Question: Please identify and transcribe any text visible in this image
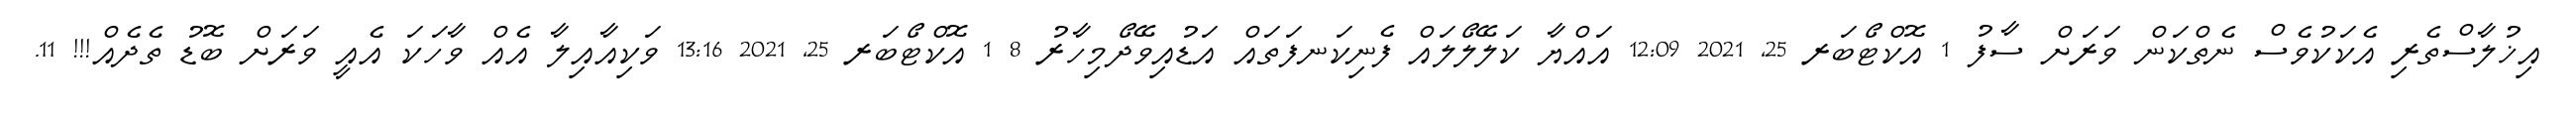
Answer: އިޚުލާސްތެރި އެކަކުވެސް ނެތްކަން ވަރަށް ސާފު 1 އޮކްޓޯބަރ 25, 2021 12:09 އައްޔާ ކަލޭލޯލައް ފެނިކަނފަތައް އަޑުއިވޭދޯމިހާރު 8 1 އޮކްޓޯބަރ 25, 2021 13:16 ވަކިއާއިލާ އެއް ވާހަކަ އެއީ ވަރަށް ބޮޑު ތެދެއް!!! 11.